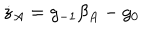
LaTeX: \dot { z } _ { A } = g _ { - 1 } \beta _ { A } - g _ { 0 }